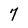
Character: 7